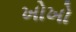
ખોખો